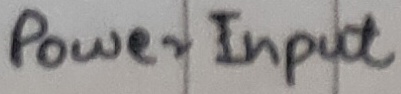
Text: Power Input